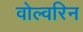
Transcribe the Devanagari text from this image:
वोल्वरिन